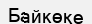
Байкөке